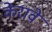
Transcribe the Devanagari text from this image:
केरावे